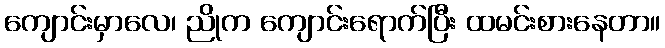
ကျောင်းမှာလေ၊ ညိုက ကျောင်းရောက်ပြီး ထမင်းစားနေတာ။